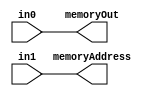

module L_ALU_12 (in0, in1, memoryAddress, memoryOut);

// Handles STR
// Control bits: None
// Immediate bits: None

	input [15:0] in0;  //A
	input [15:0] in1;  //B
	
	output reg [15:0] memoryAddress;
	output reg [15:0] memoryOut;
	
	    always @(*) begin
        memoryAddress = in1; // Set memory address to the value in register A
        memoryOut = in0;     // Set the data to be written to the value in register B
    end
	
	
	// Also needs to be verified, unsure of logic
	
endmodule